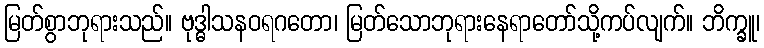
မြတ်စွာဘုရားသည်။ ဗုဒ္ဓါသနဝရဂတော၊ မြတ်သောဘုရားနေရာတော်သို့ကပ်လျက်။ ဘိက္ခူ၊